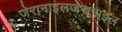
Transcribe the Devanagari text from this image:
जेरानाइलजेरानाइल